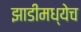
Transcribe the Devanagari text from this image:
झाडीमध्येच